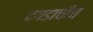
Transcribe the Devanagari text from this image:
दगडाचीच